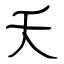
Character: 夭